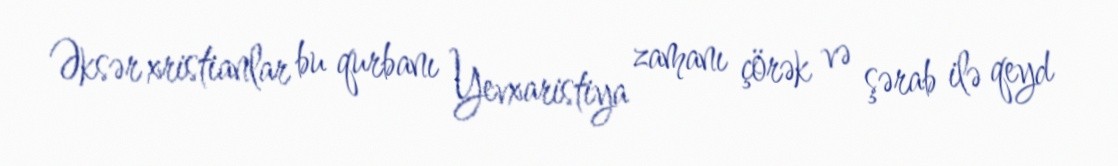
Əksər xristianlar bu qurbanı Yevxaristiya zamanı çörək və şərab ilə qeyd